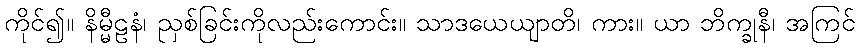
ကိုင်၍။ နိမ္မီဠနံ၊ ညှစ်ခြင်းကိုလည်းကောင်း။ သာဒယေယျာတိ၊ ကား။ ယာ ဘိက္ခုနီ၊ အကြင်